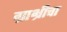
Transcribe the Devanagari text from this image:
ग्राभ्रीचा